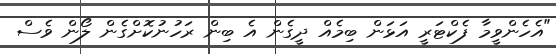
"އެހެންވީމާ ފެކްޓަރީ އަޅަން ބިމެއް ދީގެން އެ ބިން ރަހުނުކޮށްގެން ލޯން ވެސް